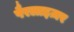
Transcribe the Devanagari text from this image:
पैरलाइज़र